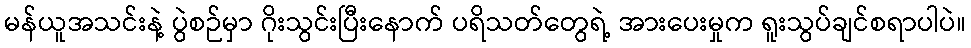
မန်ယူအသင်းနဲ့ ပွဲစဉ်မှာ ဂိုးသွင်းပြီးနောက် ပရိသတ်တွေရဲ့ အားပေးမှုက ရူးသွပ်ချင်စရာပါပဲ။